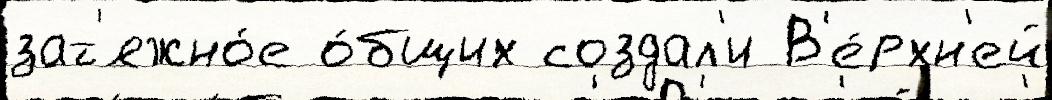
зат'яжно́е о́бщих создал'и В'е́рхн'ей